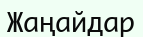
Жаңайдар